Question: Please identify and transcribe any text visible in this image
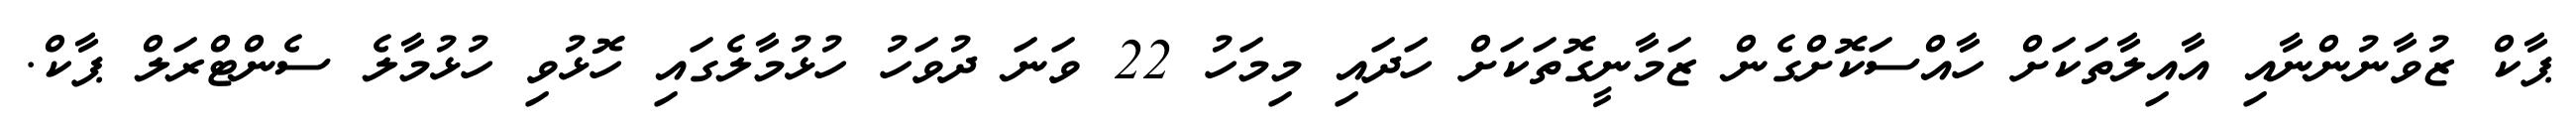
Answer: ޕާކް ޒުވާނުންނާއި އާއިލާތަކަށް ހާއްސަކޮށްގެން ޒަމާނީގޮތަކަށް ހަދައި މިމަހު 22 ވަނަ ދުވަހު ހުޅުމާލެގައި ހޮޅުވި ހުޅުމާލެ ސެންޓްރަލް ޕާކް.